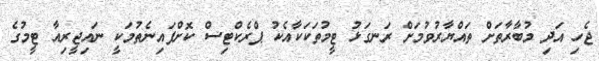
ޖެހި އަދި މުބާރާތަށް ތައްޔާރުވުމަށް ރަނގަޅު ޓީމުތަކަކާއެކު ޕްރެކްޓިސް ކޮށްފައިނެތުމަކީ ނައިޖީރިއާ ޓީމުގެ